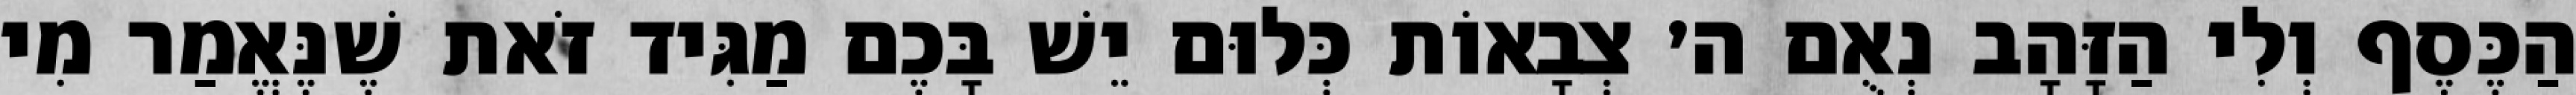
הַכֶּסֶף וְלִי הַזָּהָב נְאֻם ה׳ צְבָאוֹת כְּלוּם יֵשׁ בָּכֶם מַגִּיד זֹאת שֶׁנֶּאֱמַר מִי